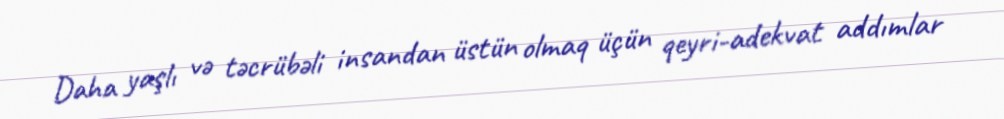
Daha yaşlı və təcrübəli insandan üstün olmaq üçün qeyri-adekvat addımlar